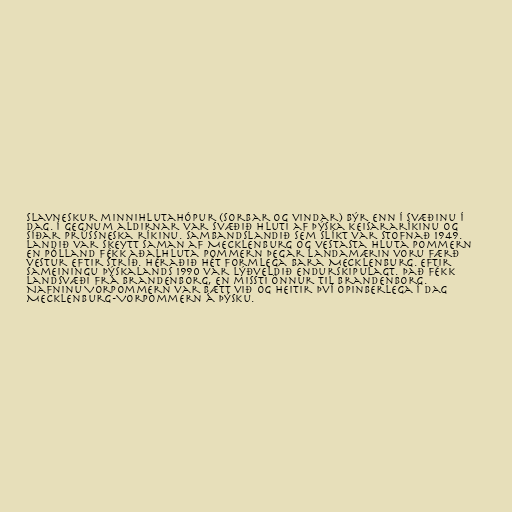
Slavneskur minnihlutahópur (sorbar og vindar) býr enn í svæðinu í
dag. Í gegnum aldirnar var svæðið hluti af þýska keisararíkinu og
síðar prússneska ríkinu. Sambandslandið sem slíkt var stofnað 1949.
Landið var skeytt saman af Mecklenburg og vestasta hluta Pommern
en Pólland fékk aðalhluta Pommern þegar landamærin voru færð
vestur eftir stríð. Héraðið hét formlega bara Mecklenburg. Eftir
sameiningu Þýskalands 1990 var lýðveldið endurskipulagt. Það fékk
landsvæði frá Brandenborg, en missti önnur til Brandenborg.
Nafninu Vorpommern var bætt við og heitir því opinberlega í dag
Mecklenburg-Vorpommern á þýsku.